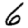
Digit: 6